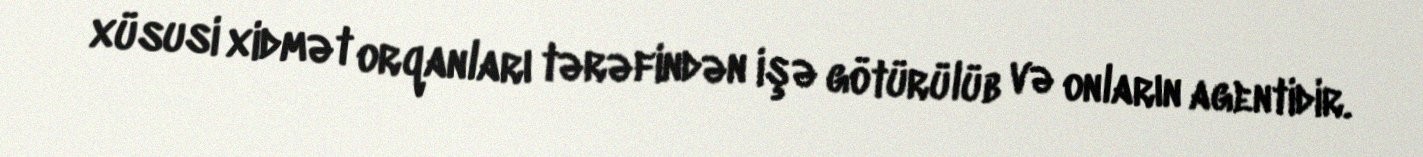
xüsusi xidmət orqanları tərəfindən işə götürülüb və onların agentidir.